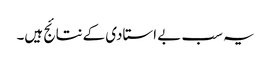
یہ سب بے استادی کےنتائج ہیں۔